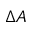
\Delta A